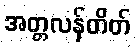
အတ္တလန်တိတ်